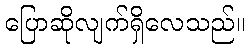
ပြောဆိုလျက်ရှိလေသည်။